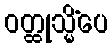
ဝတ္ထုသ္မိံပေ